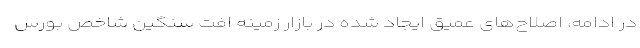
در ادامه، اصلاح‌های عمیق ایجاد شده در بازار زمینه افت سنگین شاخص بورس